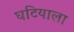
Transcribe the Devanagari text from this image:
घटियाला